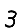
Digit: 3